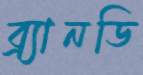
ব্র্যানডি